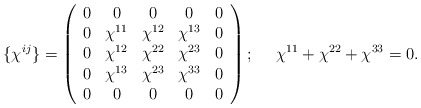
\begin{align*}\{ \chi^{ij} \} = \left( \begin{array} {ccccc}0 & 0 & 0 & 0 & 0 \\0 & \chi^{11} & \chi^{12} & \chi^{13} & 0 \\0 & \chi^{12} & \chi^{22} & \chi^{23} & 0 \\0 & \chi^{13} & \chi^{23} & \chi^{33} & 0 \\0 & 0 & 0 & 0 & 0 \end{array} \right); ~~~~ \chi^{11} + \chi^{22} + \chi^{33} =0.\end{align*}